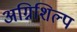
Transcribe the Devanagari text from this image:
अग्निशिल्प